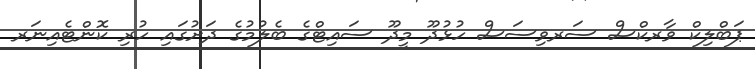
ޕަބްލިކް ވާރކްސް ސަރވިސަސް ހުޅުދޫ މީދޫ ސައިޓްގެ ބެލުމުގެ ދަށުގައި ހުރި ކޮންޓެއިނަރ